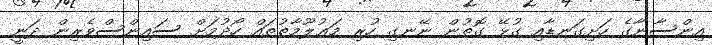
އިންސާނާގެ ހަށިގަނޑާއި ގުޅޭ ގޮތުން ނޭނގި ހުރި މަޢުލޫމާތުތައް ހޯދުމަށް ސައިންސްވެރިން ދަނީ